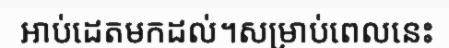
អាប់ដេតមកដល់។សម្រាប់ពេលនេះ